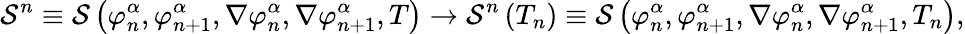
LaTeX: {\cal S}^{n}\equiv{\cal S}\left(\varphi_{n}^{\alpha},\varphi_{n+1}^{\alpha},\nabla\varphi_{n}^{\alpha},\nabla\varphi_{n+1}^{\alpha},T\right)\rightarrow{\cal S}^{n}\left(T_{n}\right)\equiv{\cal S}\left(\varphi_{n}^{\alpha},\varphi_{n+1}^{\alpha},\nabla\varphi_{n}^{\alpha},\nabla\varphi_{n+1}^{\alpha},T_{n}\right),